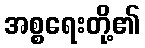
အစ္စရေးတို့၏